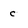
Character: c